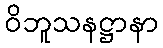
ဝိဘူသနဋ္ဌာနာ